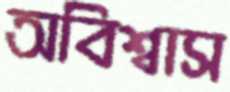
অবিশ্বাস